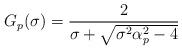
LaTeX: \begin{align*}G_p(\sigma)=\frac{2}{\sigma+\sqrt{\sigma^2\alpha_p^2-4}}\end{align*}